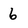
Character: 6